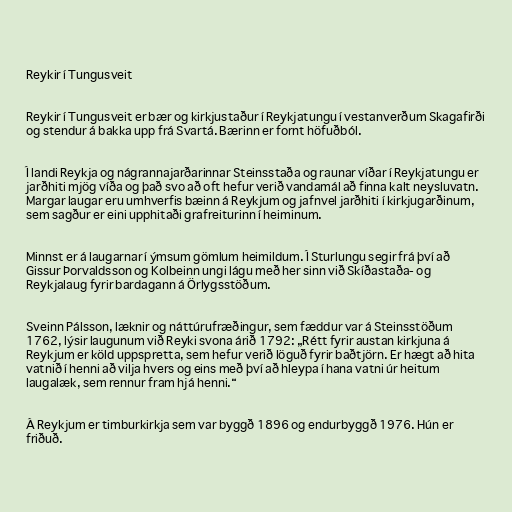
Reykir í Tungusveit

Reykir í Tungusveit er bær og kirkjustaður í Reykjatungu í vestanverðum Skagafirði
og stendur á bakka upp frá Svartá. Bærinn er fornt höfuðból.

Í landi Reykja og nágrannajarðarinnar Steinsstaða og raunar víðar í Reykjatungu er
jarðhiti mjög víða og það svo að oft hefur verið vandamál að finna kalt neysluvatn.
Margar laugar eru umhverfis bæinn á Reykjum og jafnvel jarðhiti í kirkjugarðinum,
sem sagður er eini upphitaði grafreiturinn í heiminum.

Minnst er á laugarnar í ýmsum gömlum heimildum. Í Sturlungu segir frá því að
Gissur Þorvaldsson og Kolbeinn ungi lágu með her sinn við Skíðastaða- og
Reykjalaug fyrir bardagann á Örlygsstöðum.

Sveinn Pálsson, læknir og náttúrufræðingur, sem fæddur var á Steinsstöðum
1762, lýsir laugunum við Reyki svona árið 1792: „Rétt fyrir austan kirkjuna á
Reykjum er köld uppspretta, sem hefur verið löguð fyrir baðtjörn. Er hægt að hita
vatnið í henni að vilja hvers og eins með því að hleypa í hana vatni úr heitum
lauga­læk, sem rennur fram hjá henni.“

Á Reykjum er timburkirkja sem var byggð 1896 og endurbyggð 1976. Hún er
friðuð.